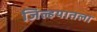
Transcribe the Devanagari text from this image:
जिल्हयातला